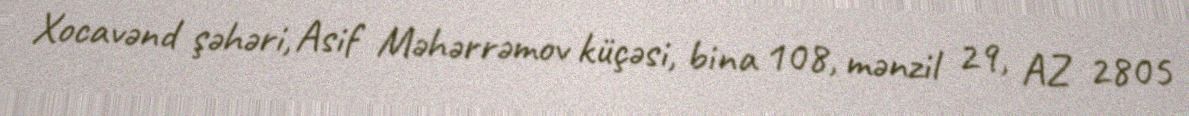
Xocavənd şəhəri, Asif Məhərrəmov küçəsi, bina 108, mənzil 29, AZ 2805